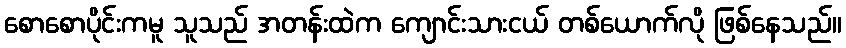
စောစောပိုင်းကမူ သူသည် အတန်းထဲက ကျောင်းသားငယ် တစ်ယောက်လို ဖြစ်နေသည်။